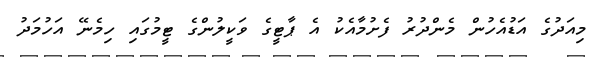
މިއަދުގެ އަޑުއެހުން މެންދުރު ފެށުމާއެކު އެ ޕާޓީގެ ވަކީލުންގެ ޓީމުގައި ހިމެނޭ އަހުމަދު